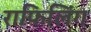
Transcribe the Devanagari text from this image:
राफिलिंग